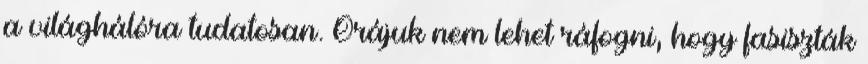
a világhálóra tudatosan. Őrájuk nem lehet ráfogni, hogy fasiszták